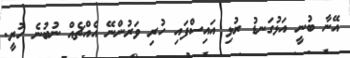
އޭނާ ބުނީ އަޅުގަނޑު ރުޅި އައިސްފައި ހުރި ވަރުންނޭ އެއްޗެއް ނުބުނެ ހުރީ.